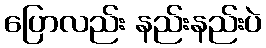
ပြောလည်း နည်းနည်းပဲ